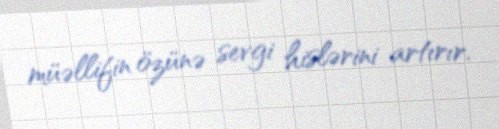
müəllifin özünə sevgi hislərini artırır.